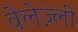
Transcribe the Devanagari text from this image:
वेलेज़्ली